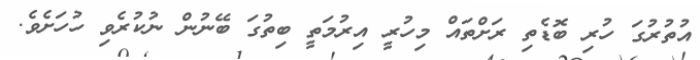
އުތުރުގަ ހުރި ބޮޑެތި ރަށްތައް މިހުރީ އިރުމަތީ ބިތުގަ ބޭނުން ނުކުރެވި ހުހަށެެވެ.